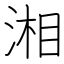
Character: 湘